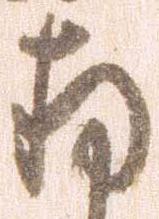
存